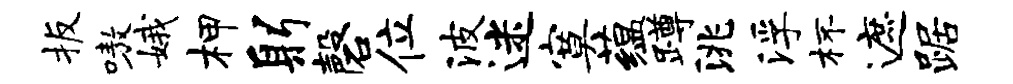
扳嗷娥柙躬磬位波迷寞蕴蹲洮浮杯遮踞